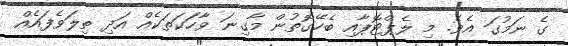
ގެ ނަމުގަ އެވެ. މި ލެޕްޓޮޕާއި ބެހޭގޮތުން މާގިނަ ވާހަކަތަކެއް އަދި ތިލަވެފައެއް